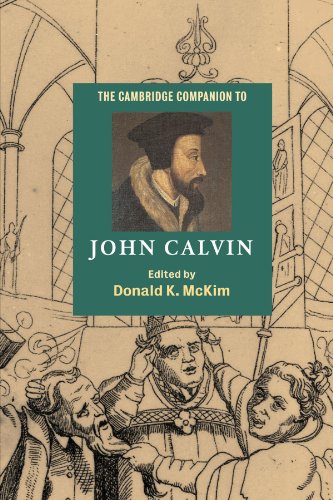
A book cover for The Cambridge Companion to John Calvin (Cambridge Companions to Religion); Christian Books & Bibles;